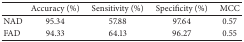
|  | Accuracy (%) | Sensitivity (%) | Specificity (%) | MCC |
 | --- | --- | --- | --- | --- |
 | NAD | 95.34 | 57.88 | 97.64 | 0.57 |
 | FAD | 94.33 | 64.13 | 96.27 | 0.55 |